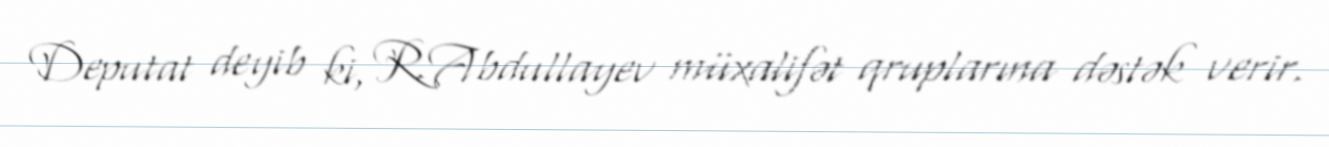
Deputat deyib ki, R.Abdullayev müxalifət qruplarına dəstək verir.